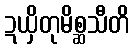
ဍယှိတုမိစ္ဆသီတိ